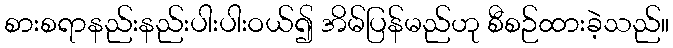
စားစရာနည်းနည်းပါးပါးဝယ်၍ အိမ်ပြန်မည်ဟု စီစဉ်ထားခဲ့သည်။